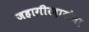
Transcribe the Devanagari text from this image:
जहागीरदारांना